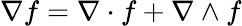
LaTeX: \nabla f=\nabla\cdot f+\nabla\wedge f